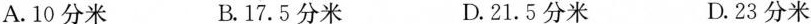
A.10分米 B.17.5分米 D.21.5分米 D.23分米